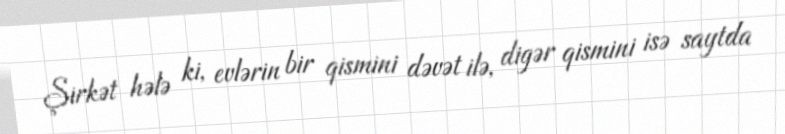
Şirkət hələ ki, evlərin bir qismini dəvət ilə, digər qismini isə saytda